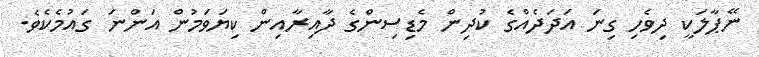
ނޭޕާލަކީ ދިވެހި ގިނަ އަދަދެއްގެ ކުދިން މެޑިސިންގެ ދާއިރާއިން ކިޔަވަމުން އަންނަ ގައުމެކެވެ.